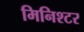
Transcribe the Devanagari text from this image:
मिनिश्टर